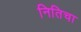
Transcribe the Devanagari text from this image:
नितिचा